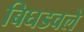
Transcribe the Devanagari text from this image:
बिघडवले